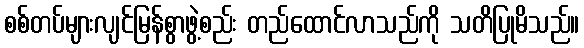
စစ်တပ်များလျင်မြန်စွာဖွဲ့စည်း တည်ထောင်လာသည်ကို သတိပြုမိသည်။